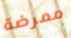
ممرضة